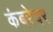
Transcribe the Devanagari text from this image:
कंबरेवर